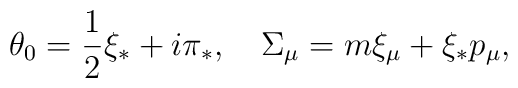
\theta_0=\frac{1}{2}\xi_*+i\pi_*,\quad\Sigma_\mu=m\xi_\mu+\xi_* p_\mu,